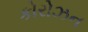
કોરોઝન